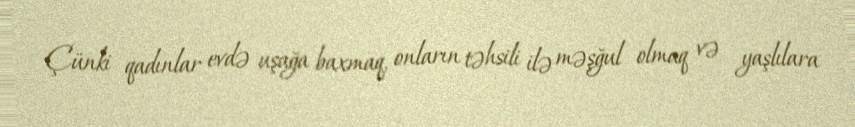
Çünki qadınlar evdə uşağa baxmaq, onların təhsili ilə məşğul olmaq və yaşlılara